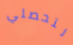
لتحصلي